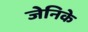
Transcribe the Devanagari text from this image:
जेनिके